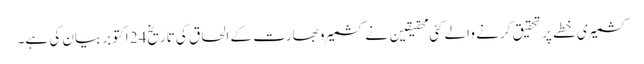
کشمیری خطے پر تحقیق کرنے والے کئی محقیقین نے کشمیر و بھارت کے الحاق کی تاریخ24 اکتوبر بیان کی ہے۔